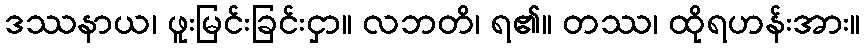
ဒဿနာယ၊ ဖူးမြင်းခြင်းငှာ။ လဘတိ၊ ရ၏။ တဿ၊ ထိုရဟန်းအား။